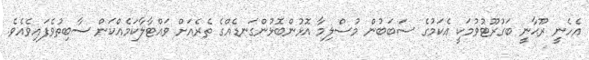
އެހެނީ ރޫޙާނީ ބަގުރޫޓުވުމަކީ އެކަމުގެ ސަބަބުން މުސްލިމާ އޮޅުންބޮޅުންގަނޑެއްގެ ތެރެއަށް ވައްޓާލާކަމެއްކަން ސާބިތުވެފައިވެއެވެ.